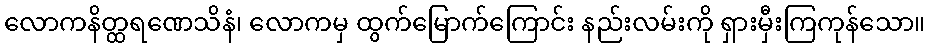
လောကနိတ္ထရဏေသိနံ၊ လောကမှ ထွက်မြောက်ကြောင်း နည်းလမ်းကို ရှားမှီးကြကုန်သော။